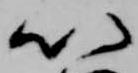
以